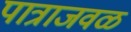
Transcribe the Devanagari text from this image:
पात्राजवळ